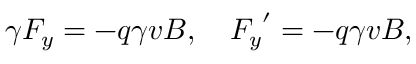
\gamma F _ { y } = - q \gamma v B , \quad { F _ { y } } ^ { \prime } = - q \gamma v B ,